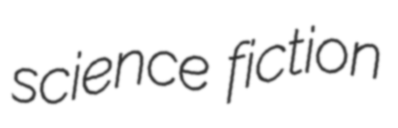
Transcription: science fiction